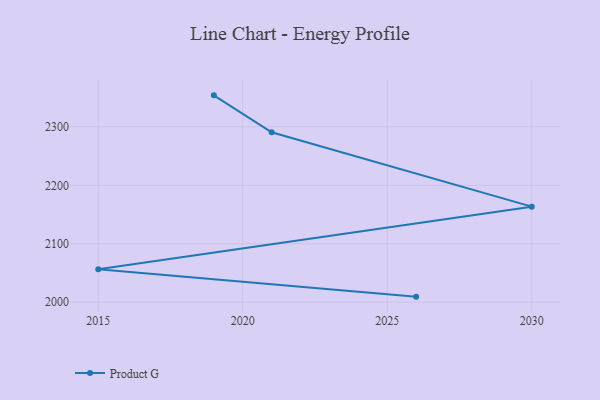
{"axis": {"x": "Year", "y": "Waste Production (Tons)"}, "legend": ["Product G"], "data": [{"x": "2026", "y": 2009.6, "type": "Product G"}, {"x": "2015", "y": 2056.5, "type": "Product G"}, {"x": "2030", "y": 2163.5, "type": "Product G"}, {"x": "2021", "y": 2290.7, "type": "Product G"}, {"x": "2019", "y": 2353.8, "type": "Product G"}]}